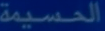
الحسيمة